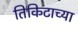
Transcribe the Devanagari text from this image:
तिकिटाच्या